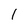
Character: 1